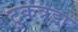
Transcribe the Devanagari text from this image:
टुकत्रडा